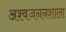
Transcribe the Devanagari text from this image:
अश्वजननशाला